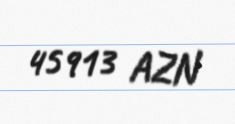
45913 AZN